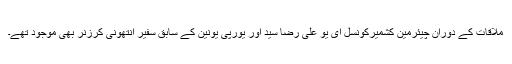
ملاقات کے دوران چیئرمین کشمیرکونسل ای یو علی رضا سید اور یورپی یونین کے سابق سفیر انتھونی کرزنر بھی موجود تھے۔